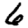
Digit: 6